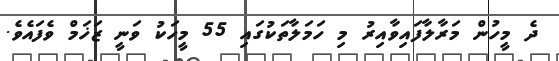
ދެ މީހުން މަރާލާފައިވާއިރު މި ހަމަލާތަކުގައި 55 މީހަކު ވަނީ ޒަޚަމް ވެފައެވެ.